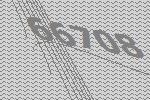
66708